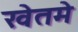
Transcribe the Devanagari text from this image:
खेतमे